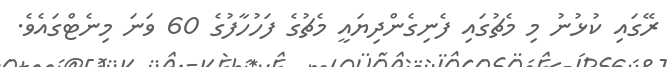
ރޭގައި ކުޅުނު މި މެޗުގައި ފެނިގެންދިޔައީ މެޗުގެ ފަހުހާފުގެ 60 ވަނަ މިނެޓްގައެވެ.